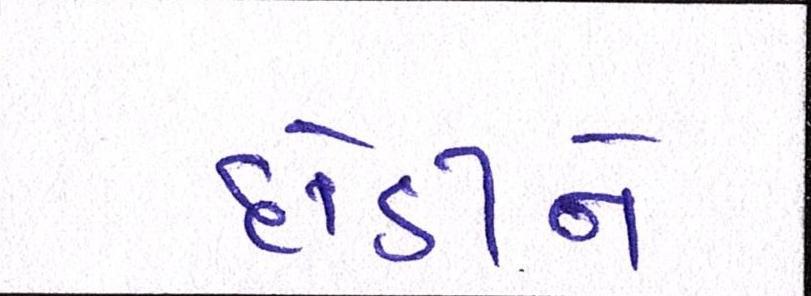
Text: દોડીને